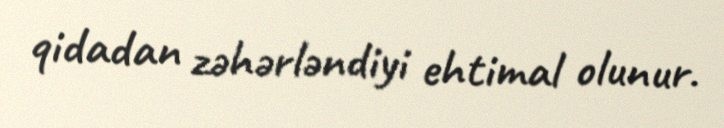
qidadan zəhərləndiyi ehtimal olunur.